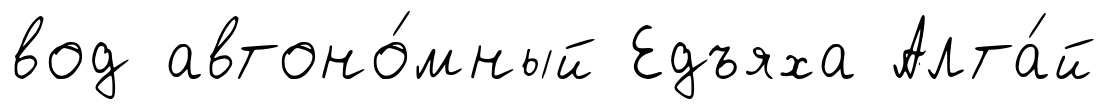
вод автоно́мный Едъяха Алта́й